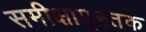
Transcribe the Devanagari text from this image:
समीक्षापुस्तक